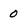
Character: 0